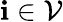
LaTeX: \mathbf{i}\in\mathcal{V}